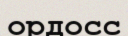
ордосс